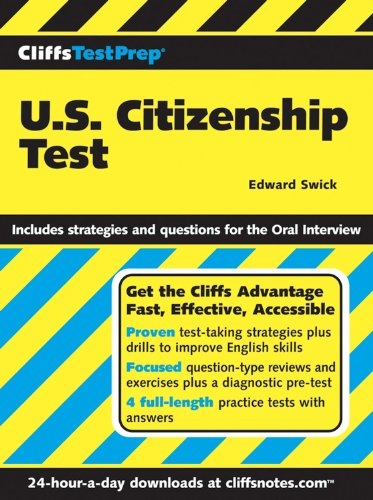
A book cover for CliffsTestPrep U.S. Citizenship Test; Edward Swick; Test Preparation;